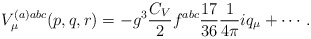
\begin{align*}V_\mu ^{(a)abc}(p,q,r)=-g^3\frac{C_V}2f^{abc}\frac{17}{36}\frac 1{4\pi}iq_\mu +\cdots \, . \end{align*}